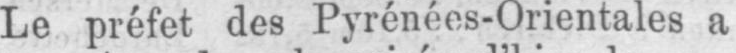
Le préfet des Pyrénées-Orientales a